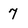
Character: 7